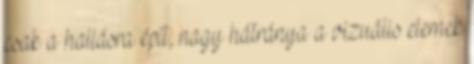
csak a hallásra épít, nagy hátránya a vizuális elemek